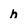
Character: h